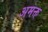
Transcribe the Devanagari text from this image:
अमक्त